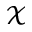
\mathcal X